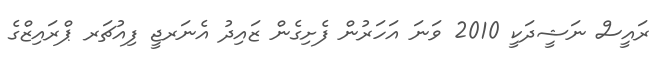
ރައީސް ނަޝީދަކީ 2010 ވަނަ އަހަރުން ފެށިގެން ޒައިދު އެނަރޖީ ފިއުޗަރ ޕްރައިޒްގެ